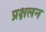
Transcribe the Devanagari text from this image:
प्रक्षलन